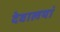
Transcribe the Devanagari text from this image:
देवालयां